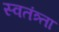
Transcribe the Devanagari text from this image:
स्वतंत्र्ता